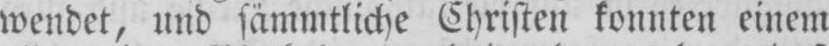
wendet, und sämmtliche Christen konnten einem